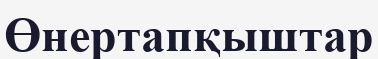
Өнертапқыштар